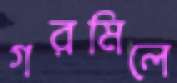
গরমিলে